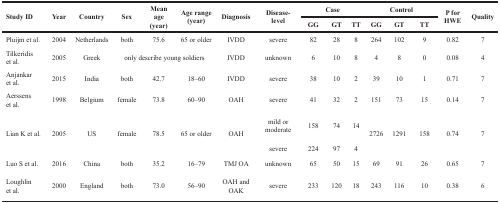
<table><thead><tr><td rowspan="2"><b>Study ID</b></td><td rowspan="2"><b>Year</b></td><td rowspan="2"><b>Country</b></td><td rowspan="2"><b>Sex</b></td><td rowspan="2"><b>Mean age (year)</b></td><td rowspan="2"><b>Age range (year)</b></td><td rowspan="2"><b>Diagnosis</b></td><td rowspan="2"><b>Disease-level</b></td><td colspan="3"><b>Case</b></td><td colspan="3"><b>Control</b></td><td rowspan="2"><b>P for HWE</b></td><td rowspan="2"><b>Quality</b></td></tr><tr><td><b>GG</b></td><td><b>GT</b></td><td><b>TT</b></td><td><b>GG</b></td><td><b>GT</b></td><td><b>TT</b></td></tr></thead><tbody><tr><td>Pluijm et al.</td><td>2004</td><td>Netherlands</td><td>both</td><td>75.6</td><td>65 or older</td><td>IVDD</td><td>severe</td><td>82</td><td>28</td><td>8</td><td>264</td><td>102</td><td>9</td><td>0.82</td><td>7</td></tr><tr><td>Tilkeridis et al.</td><td>2005</td><td>Greek</td><td colspan="3">only describe young soldiers</td><td>IVDD</td><td>unknown</td><td>6</td><td>10</td><td>8</td><td>4</td><td>8</td><td>0</td><td>0.08</td><td>4</td></tr><tr><td>Anjankar et al.</td><td>2015</td><td>India</td><td>both</td><td>42.7</td><td>18–60</td><td>IVDD</td><td>severe</td><td>38</td><td>10</td><td>2</td><td>39</td><td>10</td><td>1</td><td>0.71</td><td>7</td></tr><tr><td>Aerssens et al.</td><td>1998</td><td>Belgium</td><td>female</td><td>73.8</td><td>60–90</td><td>OAH</td><td>severe</td><td>41</td><td>32</td><td>2</td><td>151</td><td>73</td><td>15</td><td>0.14</td><td>7</td></tr><tr><td rowspan="2">Lian K et al.</td><td rowspan="2">2005</td><td rowspan="2">US</td><td rowspan="2">female</td><td rowspan="2">78.5</td><td rowspan="2">65 or older</td><td rowspan="2">OAH</td><td>mild or moderate</td><td>158</td><td>74</td><td>14</td><td rowspan="2">2726</td><td rowspan="2">1291</td><td rowspan="2">158</td><td rowspan="2">0.74</td><td rowspan="2">7</td></tr><tr><td>severe</td><td>224</td><td>97</td><td>4</td></tr><tr><td>Luo S et al.</td><td>2016</td><td>China</td><td>both</td><td>35.2</td><td>16–79</td><td>TMJ OA</td><td>unknown</td><td>65</td><td>50</td><td>15</td><td>69</td><td>91</td><td>26</td><td>0.65</td><td>7</td></tr><tr><td>Loughlin et al.</td><td>2000</td><td>England</td><td>both</td><td>73.0</td><td>56–90</td><td>OAH and OAK</td><td>severe</td><td>233</td><td>120</td><td>18</td><td>243</td><td>116</td><td>10</td><td>0.38</td><td>6</td></tr></tbody></table>